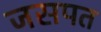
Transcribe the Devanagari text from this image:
जसपत